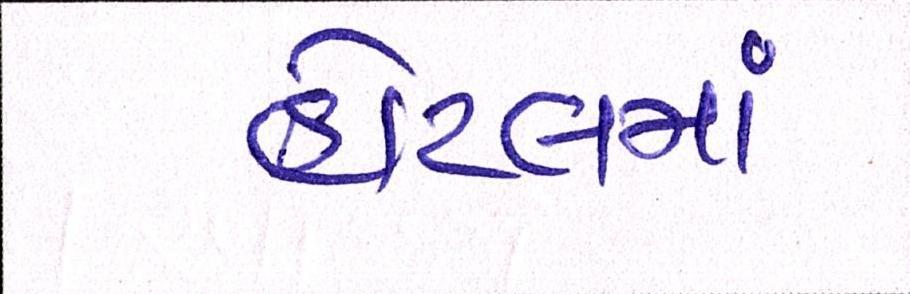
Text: હોટલમાં